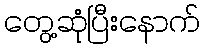
တွေ့ဆုံပြီးနောက်